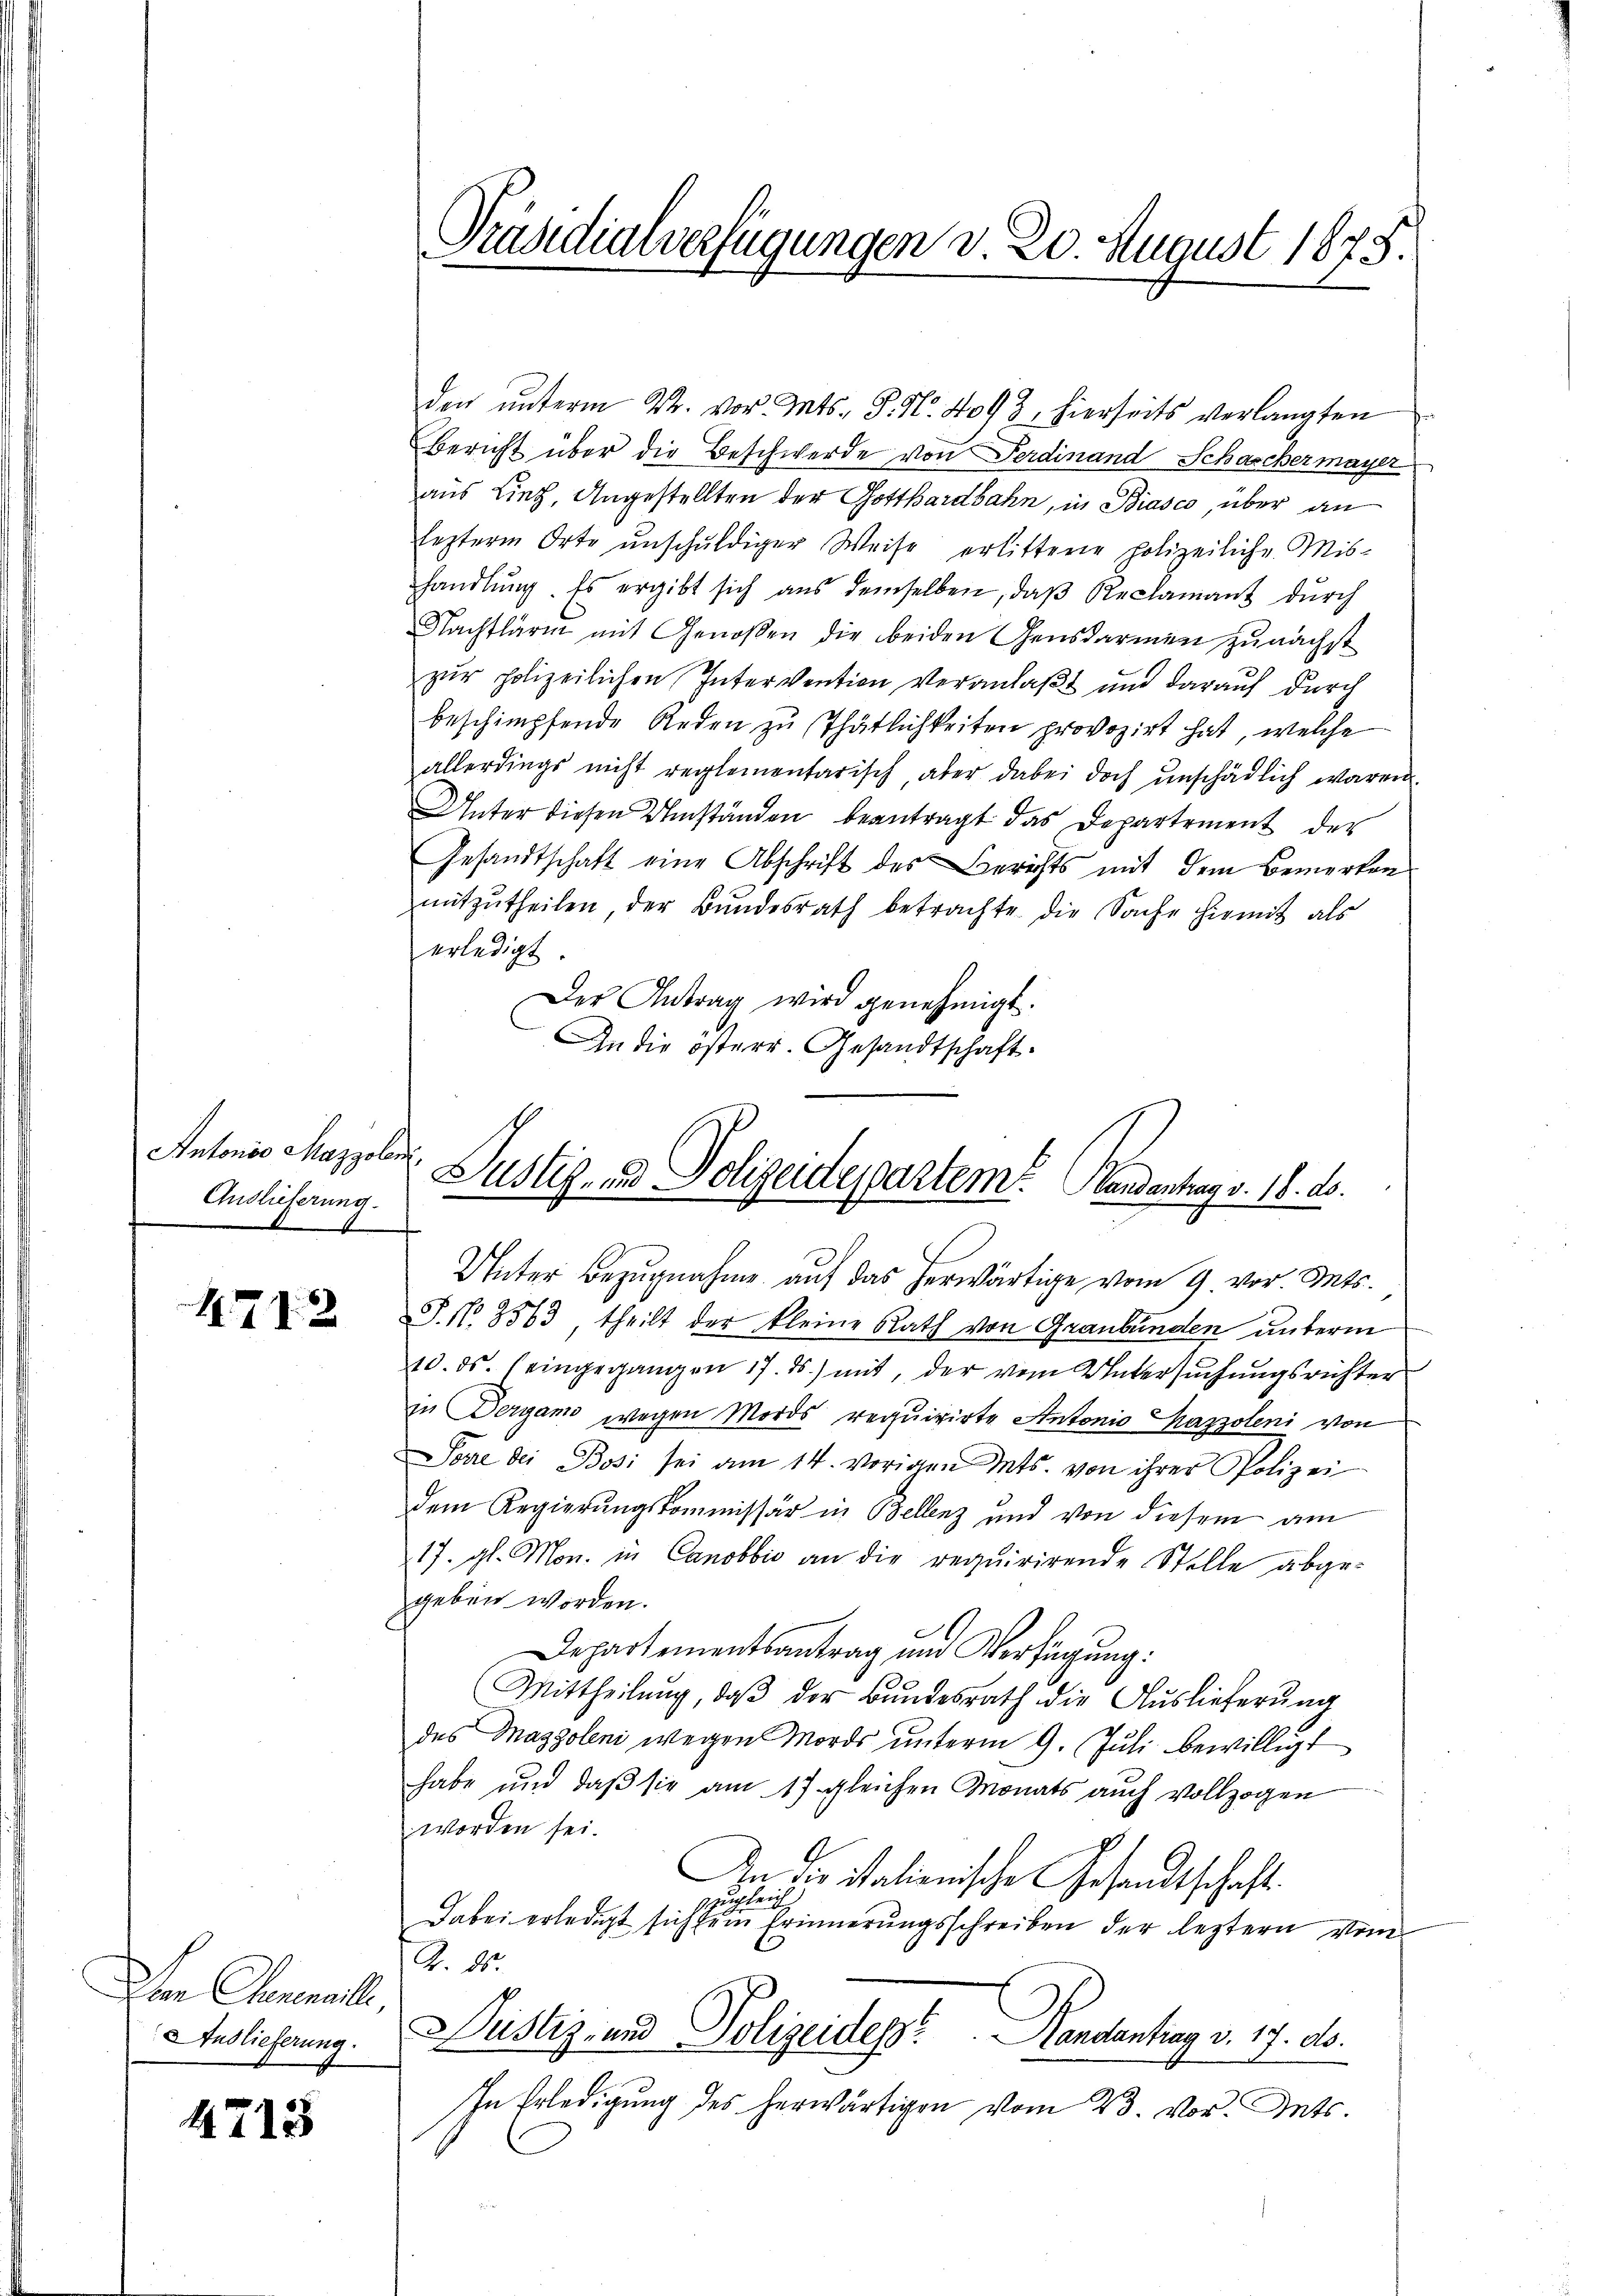
Antonio Mazzole.
Auslieferung
n

1712

Dan Chenenaille
Auslieferung

4713

Präsidialverfügungen v. 20. August 1875.

¬
Justiz- und Polizeidespartem Landentrag v. 18. ds.

den ŭnterm 4t. vor. Mts. S. Nr. 4093, hierseits verlangten
Bericht über die Beschwerde von Ferdinand Schascher mayer
aus Lieg, Angestellten der Gotthardbahn, in Biasco, über an
lezterm Orte unschuldiger Weise erlittene polizeiliche Mishandlŭng. Es ergibt sich aus demselben, daβ Reclamant durch
Nachtlärm mit Genoßen die beiden Gensdarmen zunächst
zur polizeilichen Intervention veranlaßt und darauf durch
beschimpfende Reden zu Thätlichkeiten provozirt hat, welche
allerdings nicht reglementarisch aber dabei doch unschädlich waren.
Unter diesen Umständen beantragt das Departement der
Gesandtschaft eine Abschrift des Berichts mit dem Bemerken
mitzŭtheilen, der Bundesrath betrachte die Sache hiemit als
erledigt.
Der Antrag wird genehmigt.
An die österr. Gesandtschaft.

Unter Bezugnahme auf das herwärtige vom 9. vor. Mts.
J. No 3573 theilt der kleine Rath von Graubünden unterm
10. ds. (eingegangen 17. ds.) mit, der vom Untersŭchŭngsrichter
in Dergan wegen Mords requirirte Antonio Sassoleni von
Sorre der Bosi sei am 14. vorigen Mts. von ihrer Polizei
dem Regierungskommissär in Bellenz und von diesem am
17. gl. Mon. in Canobbio an die requirirende Stelle abge-
ggeben worden.
Departementsantrag und Verfügung:
Mittheilŭng, daβ der Bundesrath die Auslieferŭng
des Maggoleni wegen Mords ŭnterm 9. Jŭli bewilligt
habe und daß sie am 17. gleichen Monats auch vollzogen
worden sei.
h
In die Stationische Gesandtschaft.
zugleich
Dabei erledigt sich sein Erinnerungsschreiben der leztern vom
A. 85.
Justiz- und Polizeides Handantrag v. 17. ds.
In Erledigung des herwärtigen vom 23. vor. Mts.